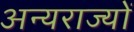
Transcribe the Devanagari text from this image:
अन्यराज्यों